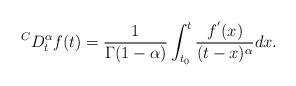
LaTeX: \begin{align*}^{C}D_{t}^{\alpha}f(t)= \dfrac{1}{\Gamma(1-\alpha)}\int^{t}_{t_{0}}\dfrac{f^{'}(x)}{(t-x)^{\alpha}}dx.\end{align*}